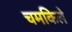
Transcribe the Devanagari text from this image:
चमकिले